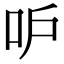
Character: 𠯖